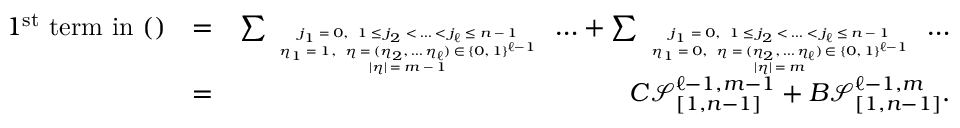
\begin{array} { r l r } { 1 ^ { \mathrm { s t } } \mathrm { ~ t e r m ~ i n ~ ( ) } } & { = } & { \sum _ { \tiny \begin{array} { c } { j _ { 1 } = 0 , \ 1 \leq j _ { 2 } < \ldots < j _ { \ell } \leq n - 1 } \\ { \eta _ { 1 } = 1 , \ \eta = ( \eta _ { 2 } , \ldots \eta _ { \ell } ) \in \{ 0 , 1 \} ^ { \ell - 1 } } \\ { | \eta | = m - 1 } \end{array} } \ldots + \sum _ { \tiny \begin{array} { c } { j _ { 1 } = 0 , \ 1 \leq j _ { 2 } < \ldots < j _ { \ell } \leq n - 1 } \\ { \eta _ { 1 } = 0 , \ \eta = ( \eta _ { 2 } , \ldots \eta _ { \ell } ) \in \{ 0 , 1 \} ^ { \ell - 1 } } \\ { | \eta | = m } \end{array} } \ldots } \\ & { = } & { C \mathcal { S } _ { [ 1 , n - 1 ] } ^ { \ell - 1 , m - 1 } + B \mathcal { S } _ { [ 1 , n - 1 ] } ^ { \ell - 1 , m } . } \end{array}